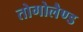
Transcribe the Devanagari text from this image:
तोगोलैण्ड